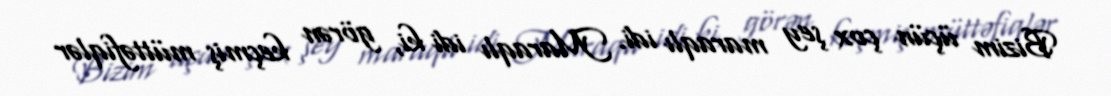
Bizim üçün çox şey maraqlı idi. Maraqlı idi ki, görən keçmiş müttəfiqlər